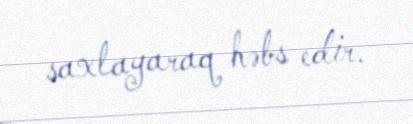
saxlayaraq həbs edir.